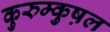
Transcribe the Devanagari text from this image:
कुरुम्कुष़ल